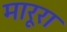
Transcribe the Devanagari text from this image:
मारूरा